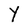
Character: Y